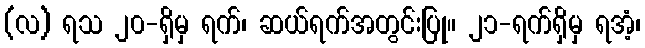
(လ) ရသ ၂၀-ရှိမှ ရက်၊ ဆယ်ရက်အတွင်းပြု။ ၂၁-ရက်ရှိမှ ရအံ့၊